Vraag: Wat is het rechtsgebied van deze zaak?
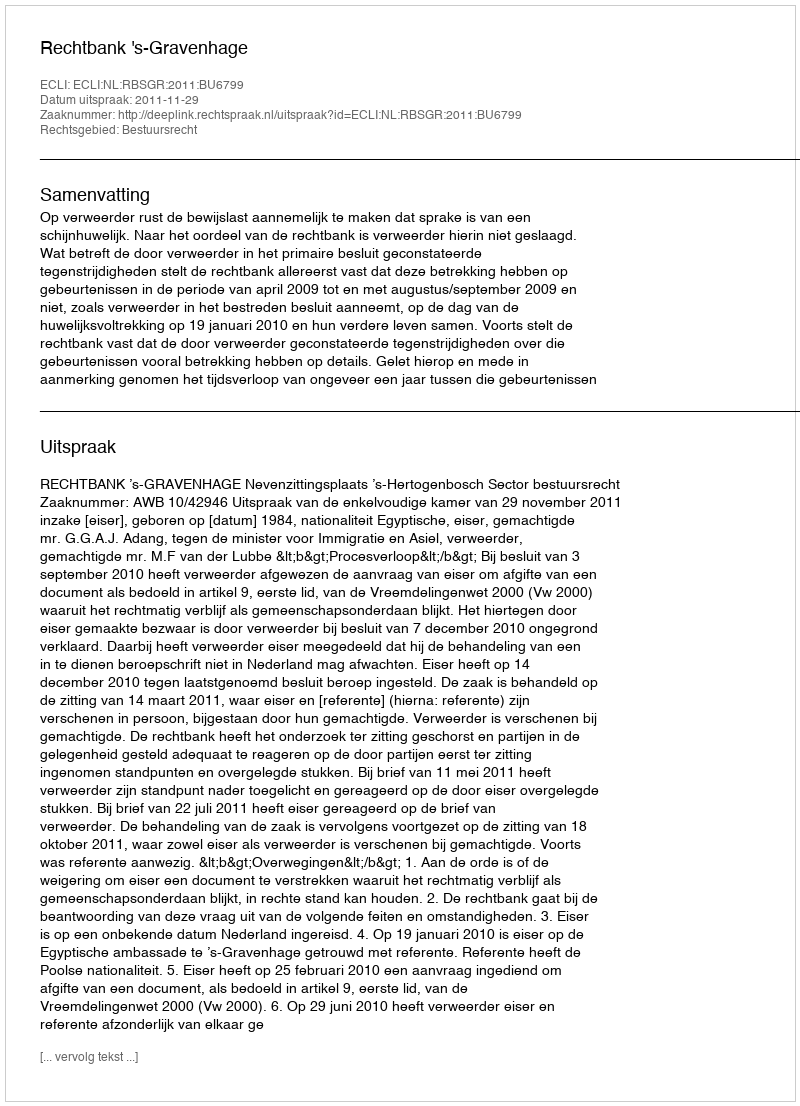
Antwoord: Bestuursrecht